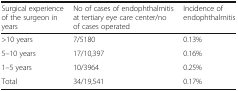
| Surgical experience of the surgeon in years | No of cases of endophthalmitis at tertiary eye care center/no of cases operated | Incidence of endophthalmitis |
 | --- | --- | --- |
 | >10 years | 7/5180 | 0.13% |
 | 5–10 years | 17/10,397 | 0.16% |
 | 1–5 years | 10/3964 | 0.25% |
 | Total | 34/19,541 | 0.17% |